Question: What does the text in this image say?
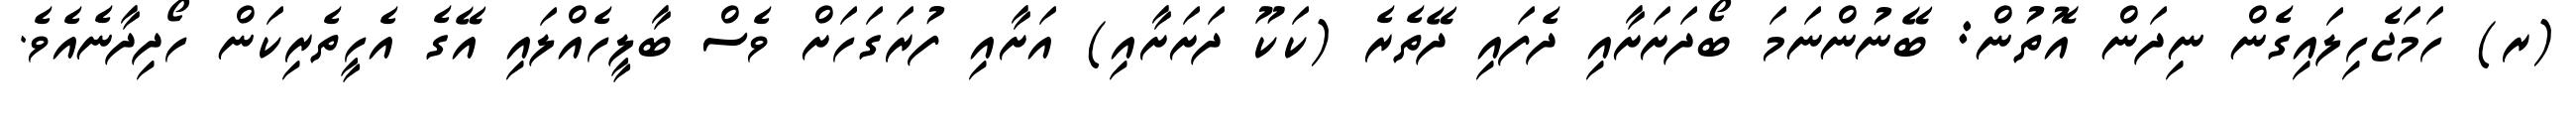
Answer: (ރ) ހަމަޖެހިލައިގެން ނިދަން އޮތުން: ބޭނުންނަމަ ބޯދަށަށާއި ދެފައި ދޭތެރެ (ކަކޫ ދަށަށާއި) އަށާއި ފުރަގަހަށް ވެސް ބާލީހެއްލައި އޭގެ އެހީތެރިކަން ހޯދިދާނެއެވެ.